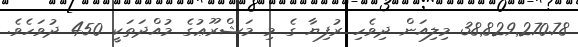
38